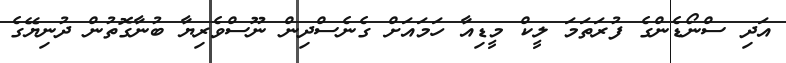
އަދި ސްނޯޑެންގެ ފުރަތަމަ ލީކް މީޑިއާ ހަމައަށް ގެނެސްދިން ނޫސްވެރިޔާ ބުނާގޮތުން ދުނިޔޭގެ